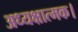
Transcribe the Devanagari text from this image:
अध्यक्षात्मक।